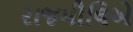
રાજમૌલિએ